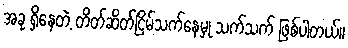
အခု ရှိနေတဲ့ တိတ်ဆိတ်ငြိမ်သက်နေမှု သက်သက် ဖြစ်ပါတယ်။